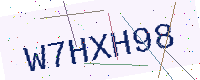
Text: W7HXH98